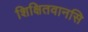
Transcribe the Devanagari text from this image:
शिक्षितवानसि